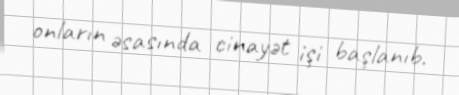
onların əsasında cinayət işi başlanıb.